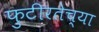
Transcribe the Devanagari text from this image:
फुटीरतेच्या